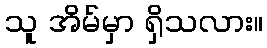
သူ အိမ်မှာ ရှိသလား။